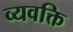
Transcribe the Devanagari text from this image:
व्यवक्ति